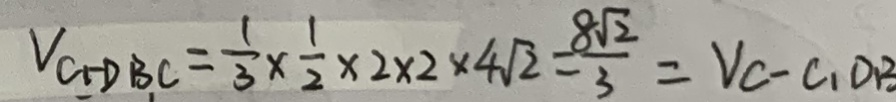
V _ { C _ { 1 } - D B C } = \frac { 1 } { 3 } \times \frac { 1 } { 2 } \times 2 \times 2 \times 4 \sqrt { 2 } = \frac { 8 \sqrt { 2 } } { 3 } = V C - C _ { 1 } D B